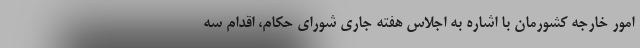
امور خارجه کشورمان با اشاره به اجلاس هفته جاری شورای حکام، اقدام سه